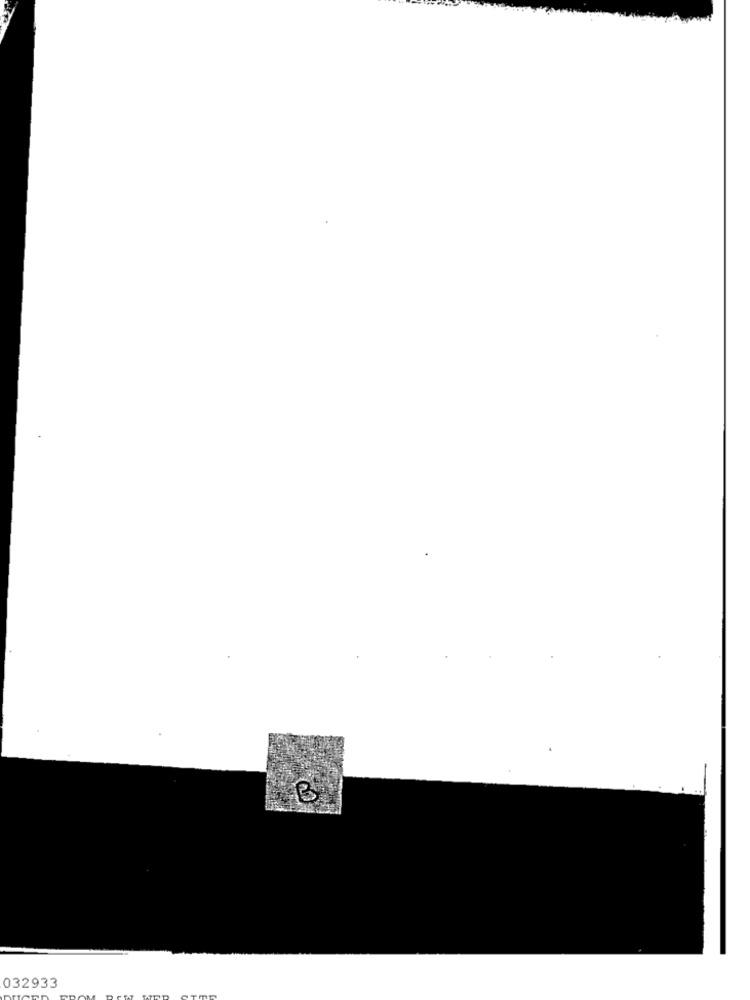
B
032933